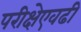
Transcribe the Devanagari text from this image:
परीक्षेएवढी